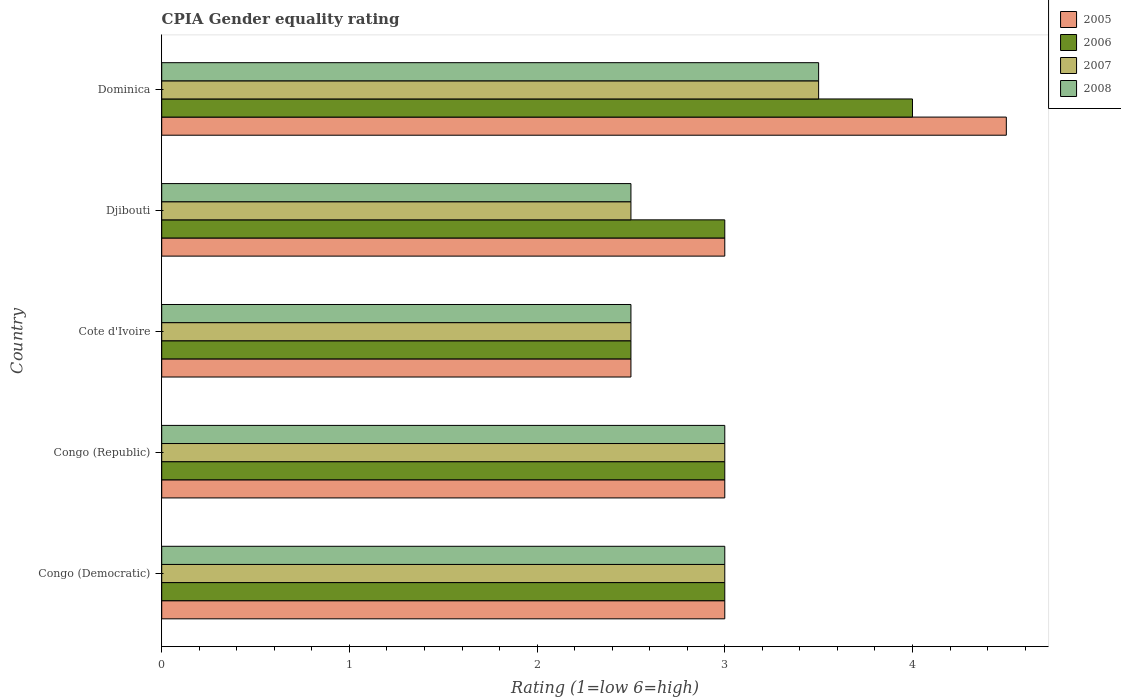
| Country | 2005 | 2006 | 2007 | 2008 |
 | --- | --- | --- | --- | --- |
 | Congo (Democratic) | 3 | 3 | 3 | 3 |
 | Congo (Republic) | 3 | 3 | 3 | 3 |
 | Cote d'Ivoire | 2.5 | 2.5 | 2.5 | 2.5 |
 | Djibouti | 3 | 3 | 2.5 | 2.5 |
 | Dominica | 4.5 | 4 | 3.5 | 3.5 |